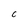
Character: C